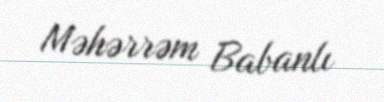
Məhərrəm Babanlı